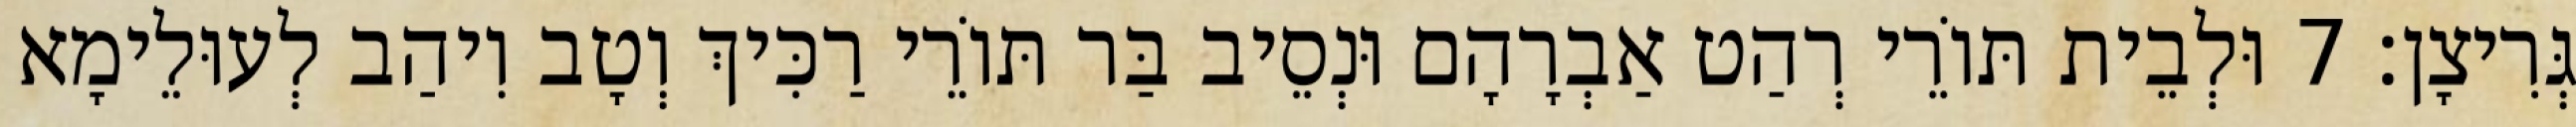
גְּרִיצָן׃ 7 וּלְבֵית תּוֹרֵי רְהַט אַבְרָהָם וּנְסֵיב בַּר תּוֹרֵי רַכִּיךְ וְטָב וִיהַב לְעוּלֵימָא